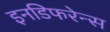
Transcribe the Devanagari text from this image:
इनडिफरेन्स